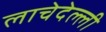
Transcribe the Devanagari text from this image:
लाचेदेल्ली